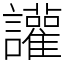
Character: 讙